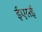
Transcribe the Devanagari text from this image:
ईएसई